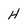
Character: H